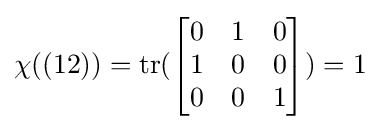
\chi ((12))=\operatorname {tr} ({\begin{bmatrix}0&1&0\\1&0&0\\0&0&1\end{bmatrix}})=1